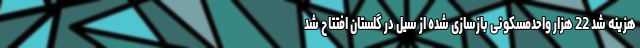
هزینه شد 22 هزار واحدمسکونی بازسازی شده از سیل در گلستان افتتاح شد